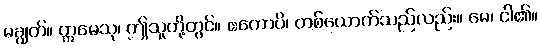
မချွတ်။ ဣမေသု၊ ဤသူတို့တွင်။ ဧကောပိ၊ တစ်ယောက်သည်လည်း။ မေ၊ ငါ၏။